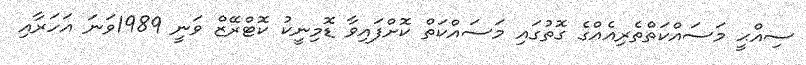
ސިއްޙީ މަސައްކަތްތެރިއެއްގެ ގޮތުގައި މަސައްކަތް ކޮށްފައިވާ ޑޮމިނީކު ކޮޓްރޭޒް ވަނީ 1989ވަނަ އަހަރާއި